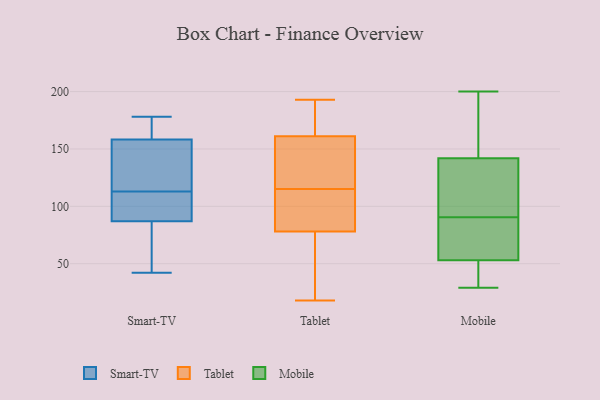
{"axis": {"x": "Page Views", "y": "Value"}, "legend": ["Mobile", "Smart-TV", "Tablet"], "data": [{"x": "", "y": 102, "type": "Smart-TV"}, {"x": "", "y": 109, "type": "Smart-TV"}, {"x": "", "y": 178, "type": "Smart-TV"}, {"x": "", "y": 113, "type": "Smart-TV"}, {"x": "", "y": 42, "type": "Smart-TV"}, {"x": "", "y": 167, "type": "Smart-TV"}, {"x": "", "y": 144, "type": "Smart-TV"}, {"x": "", "y": 55, "type": "Smart-TV"}, {"x": "", "y": 174, "type": "Smart-TV"}, {"x": "", "y": 93, "type": "Smart-TV"}, {"x": "", "y": 85, "type": "Smart-TV"}, {"x": "", "y": 45, "type": "Smart-TV"}, {"x": "", "y": 124, "type": "Smart-TV"}, {"x": "", "y": 115, "type": "Smart-TV"}, {"x": "", "y": 163, "type": "Smart-TV"}, {"x": "", "y": 134, "type": "Tablet"}, {"x": "", "y": 180, "type": "Tablet"}, {"x": "", "y": 156, "type": "Tablet"}, {"x": "", "y": 86, "type": "Tablet"}, {"x": "", "y": 97, "type": "Tablet"}, {"x": "", "y": 18, "type": "Tablet"}, {"x": "", "y": 107, "type": "Tablet"}, {"x": "", "y": 59, "type": "Tablet"}, {"x": "", "y": 88, "type": "Tablet"}, {"x": "", "y": 171, "type": "Tablet"}, {"x": "", "y": 21, "type": "Tablet"}, {"x": "", "y": 155, "type": "Tablet"}, {"x": "", "y": 27, "type": "Tablet"}, {"x": "", "y": 185, "type": "Tablet"}, {"x": "", "y": 123, "type": "Tablet"}, {"x": "", "y": 164, "type": "Tablet"}, {"x": "", "y": 70, "type": "Tablet"}, {"x": "", "y": 158, "type": "Tablet"}, {"x": "", "y": 193, "type": "Tablet"}, {"x": "", "y": 96, "type": "Tablet"}, {"x": "", "y": 45, "type": "Mobile"}, {"x": "", "y": 142, "type": "Mobile"}, {"x": "", "y": 47, "type": "Mobile"}, {"x": "", "y": 170, "type": "Mobile"}, {"x": "", "y": 55, "type": "Mobile"}, {"x": "", "y": 30, "type": "Mobile"}, {"x": "", "y": 117, "type": "Mobile"}, {"x": "", "y": 108, "type": "Mobile"}, {"x": "", "y": 88, "type": "Mobile"}, {"x": "", "y": 66, "type": "Mobile"}, {"x": "", "y": 80, "type": "Mobile"}, {"x": "", "y": 53, "type": "Mobile"}, {"x": "", "y": 162, "type": "Mobile"}, {"x": "", "y": 200, "type": "Mobile"}, {"x": "", "y": 93, "type": "Mobile"}, {"x": "", "y": 166, "type": "Mobile"}, {"x": "", "y": 29, "type": "Mobile"}, {"x": "", "y": 135, "type": "Mobile"}]}